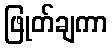
ဖြုတ်ချကာ